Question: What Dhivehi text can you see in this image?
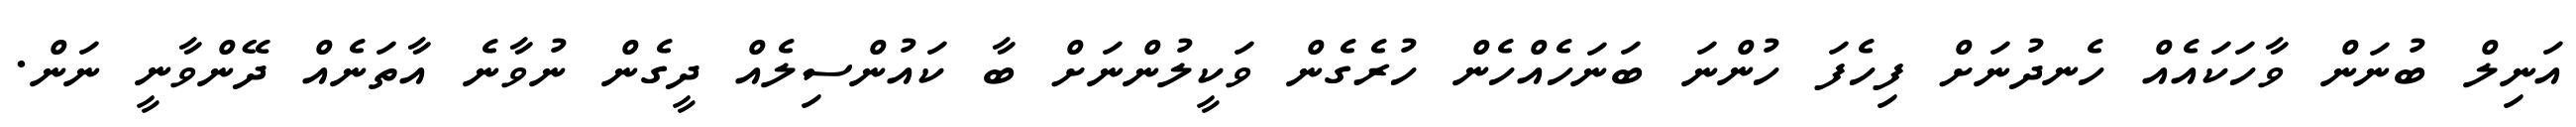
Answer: އަނިލް ބުނަން ވާހަކައެއް ހެނދުނަށް ފިހެފަ ހުންނަ ބަނަހެއްހެން ހުރެގެން ވަކީލުންނަށް ބާ ކައުންސިލެއް ދީގެން ނުވާނެ އާތަނެއް ދޭންވާނީ ނަން.